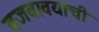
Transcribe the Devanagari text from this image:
बजवावयाची